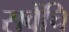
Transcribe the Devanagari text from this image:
सवेंचि